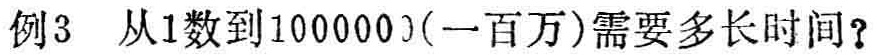
例3 从1数到1000000(一百万)需要多长时间？